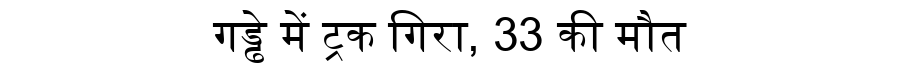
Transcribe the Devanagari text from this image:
गड्ढे में ट्रक गिरा, 33 की मौत